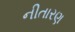
નીતારણ